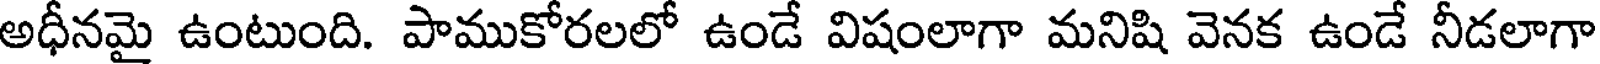
అధీనమై ఉంటుంది. పాముకోరలలో ఉండే విషంలాగా మనిషి వెనక ఉండే నీడలాగా